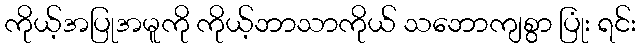
ကိုယ့်အပြုအမူကို ကိုယ့်ဘာသာကိုယ် သဘောကျစွာ ပြုံး ရင်း